Annual statistical returns and brief notes on vaccination in Bengal - 1909-1929
Year: 1909
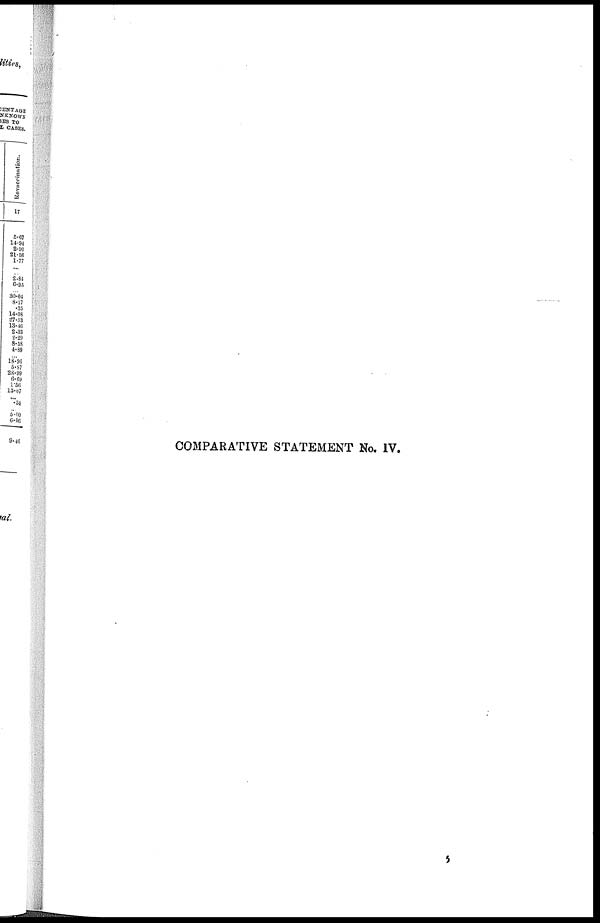
COMPARATIVE STATEMENT No. IV.
b